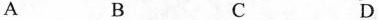
A B C D